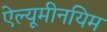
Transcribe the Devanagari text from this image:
ऐल्यूमीनयिम